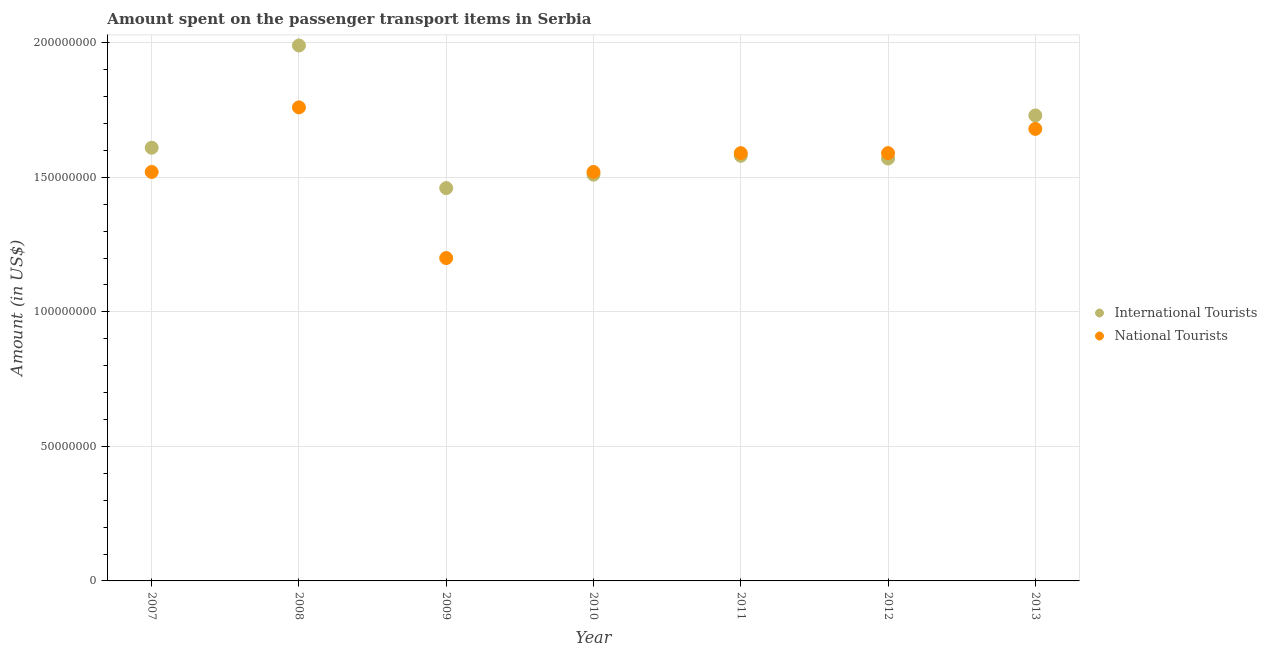
| Year | International Tourists | National Tourists |
 | --- | --- | --- |
 | 2007 | 1.61e+08 | 1.52e+08 |
 | 2008 | 1.99e+08 | 1.76e+08 |
 | 2009 | 1.46e+08 | 1.2e+08 |
 | 2010 | 1.51e+08 | 1.52e+08 |
 | 2011 | 1.58e+08 | 1.59e+08 |
 | 2012 | 1.57e+08 | 1.59e+08 |
 | 2013 | 1.73e+08 | 1.68e+08 |